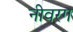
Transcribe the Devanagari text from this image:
नीवरग